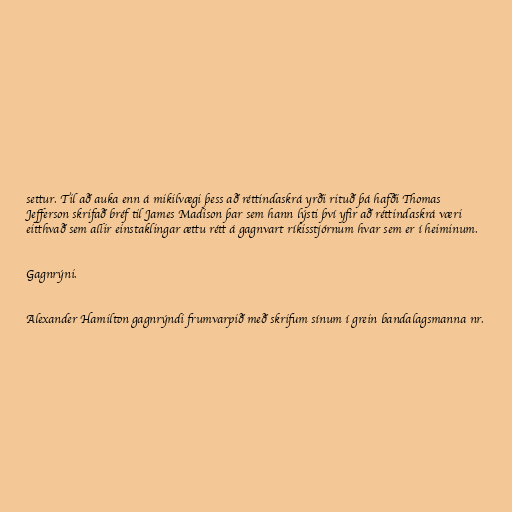
settur. Til að auka enn á mikilvægi þess að réttindaskrá yrði rituð þá hafði Thomas
Jefferson skrifað bréf til James Madison þar sem hann lýsti því yfir að réttindaskrá væri
eitthvað sem allir einstaklingar ættu rétt á gagnvart ríkisstjórnum hvar sem er í heiminum.

Gagnrýni.

Alexander Hamilton gagnrýndi frumvarpið með skrifum sínum í grein bandalagsmanna nr.